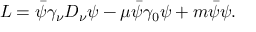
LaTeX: { \cal L } = \bar { \psi } \gamma _ { \nu } D _ { \nu } \psi - \mu \bar { \psi } \gamma _ { 0 } \psi + m \bar { \psi } \psi .